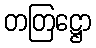
တတြဋ္ဌော